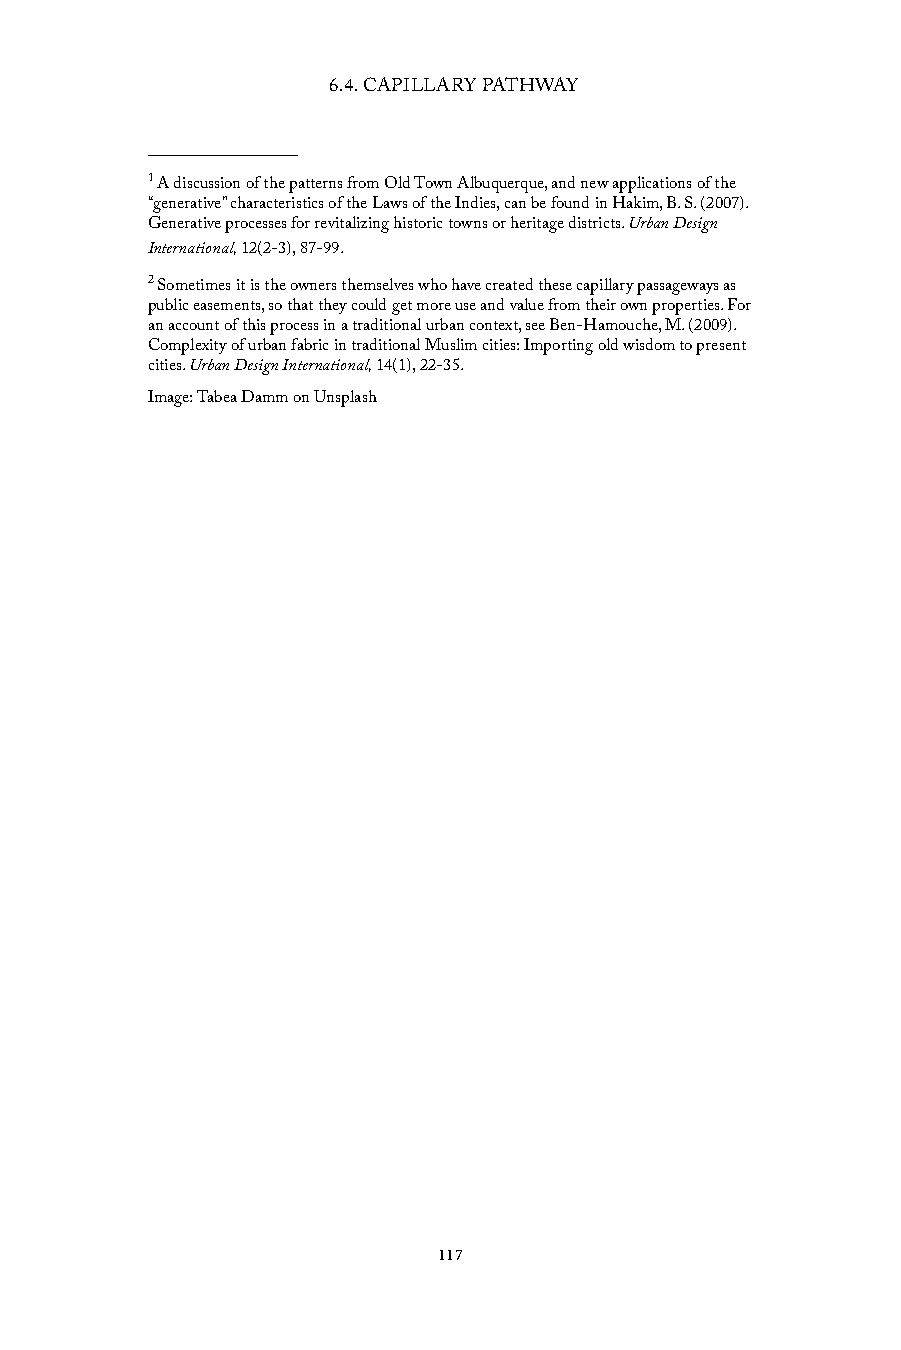
6.4. CAPILLARY PATHWAY
 1 A discussion of the patterns from Old Town Albuquerque, and new applications of the
 “generative” characteristics of the Laws of the Indies, can be found in Hakim, B. S. (2007).
 Generative processes for revitalizing historic towns or heritage districts. Urban Design
 International, 12(2-3), 87-99.
 2 Sometimes it is the owners themselves who have created these capillary passageways as
 public easements, so that they could get more use and value from their own properties. For
 an account of this process in a traditional urban context, see Ben-Hamouche, M. (2009).
 Complexity of urban fabric in traditional Muslim cities: Importing old wisdom to present
 cities. Urban Design International, 14(1), 22-35.
 Image: Tabea Damm on Unsplash
 117